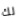
لك